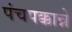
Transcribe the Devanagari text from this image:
पंचपक्कान्ने